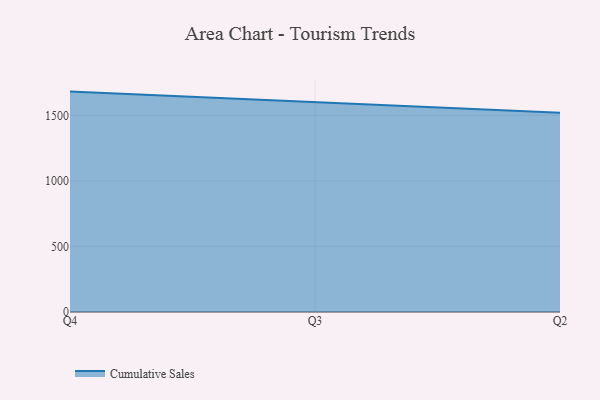
{"axis": {"x": "Quarter", "y": "Conversion Rate (%)"}, "legend": ["Cumulative Sales"], "data": [{"x": "Q4", "y": 1680.8, "type": "Cumulative Sales"}, {"x": "Q3", "y": 1600.4, "type": "Cumulative Sales"}, {"x": "Q2", "y": 1519.2, "type": "Cumulative Sales"}]}